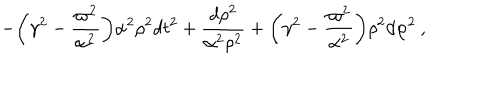
LaTeX: - { \biggl ( } \gamma ^ { 2 } - \frac { \varpi ^ { 2 } } { \alpha ^ { 2 } } { \biggr ) } \alpha ^ { 2 } \rho ^ { 2 } d t ^ { 2 } + \frac { d \rho ^ { 2 } } { \alpha ^ { 2 } \rho ^ { 2 } } + { \biggl ( } \gamma ^ { 2 } - \frac { \varpi ^ { 2 } } { \alpha ^ { 2 } } { \biggr ) } \rho ^ { 2 } d \varphi ^ { 2 } \: ,